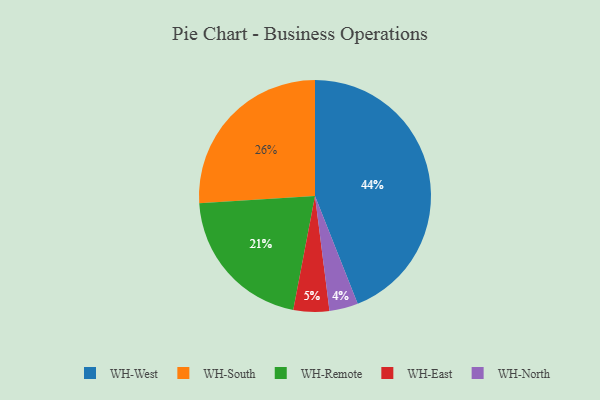
{"axis": {"x": "Category", "y": "Percentage"}, "legend": ["WH-East", "WH-North", "WH-Remote", "WH-South", "WH-West"], "data": [{"x": "WH-Remote", "y": 21, "type": "WH-Remote"}, {"x": "WH-South", "y": 26, "type": "WH-South"}, {"x": "WH-East", "y": 5, "type": "WH-East"}, {"x": "WH-West", "y": 44, "type": "WH-West"}, {"x": "WH-North", "y": 4, "type": "WH-North"}]}